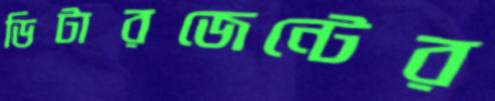
ডিটারজেন্টের